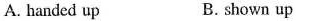
A. handed up B. shown up